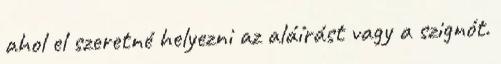
ahol el szeretné helyezni az aláírást vagy a szignót.